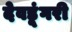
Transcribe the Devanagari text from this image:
देवडूंगरी